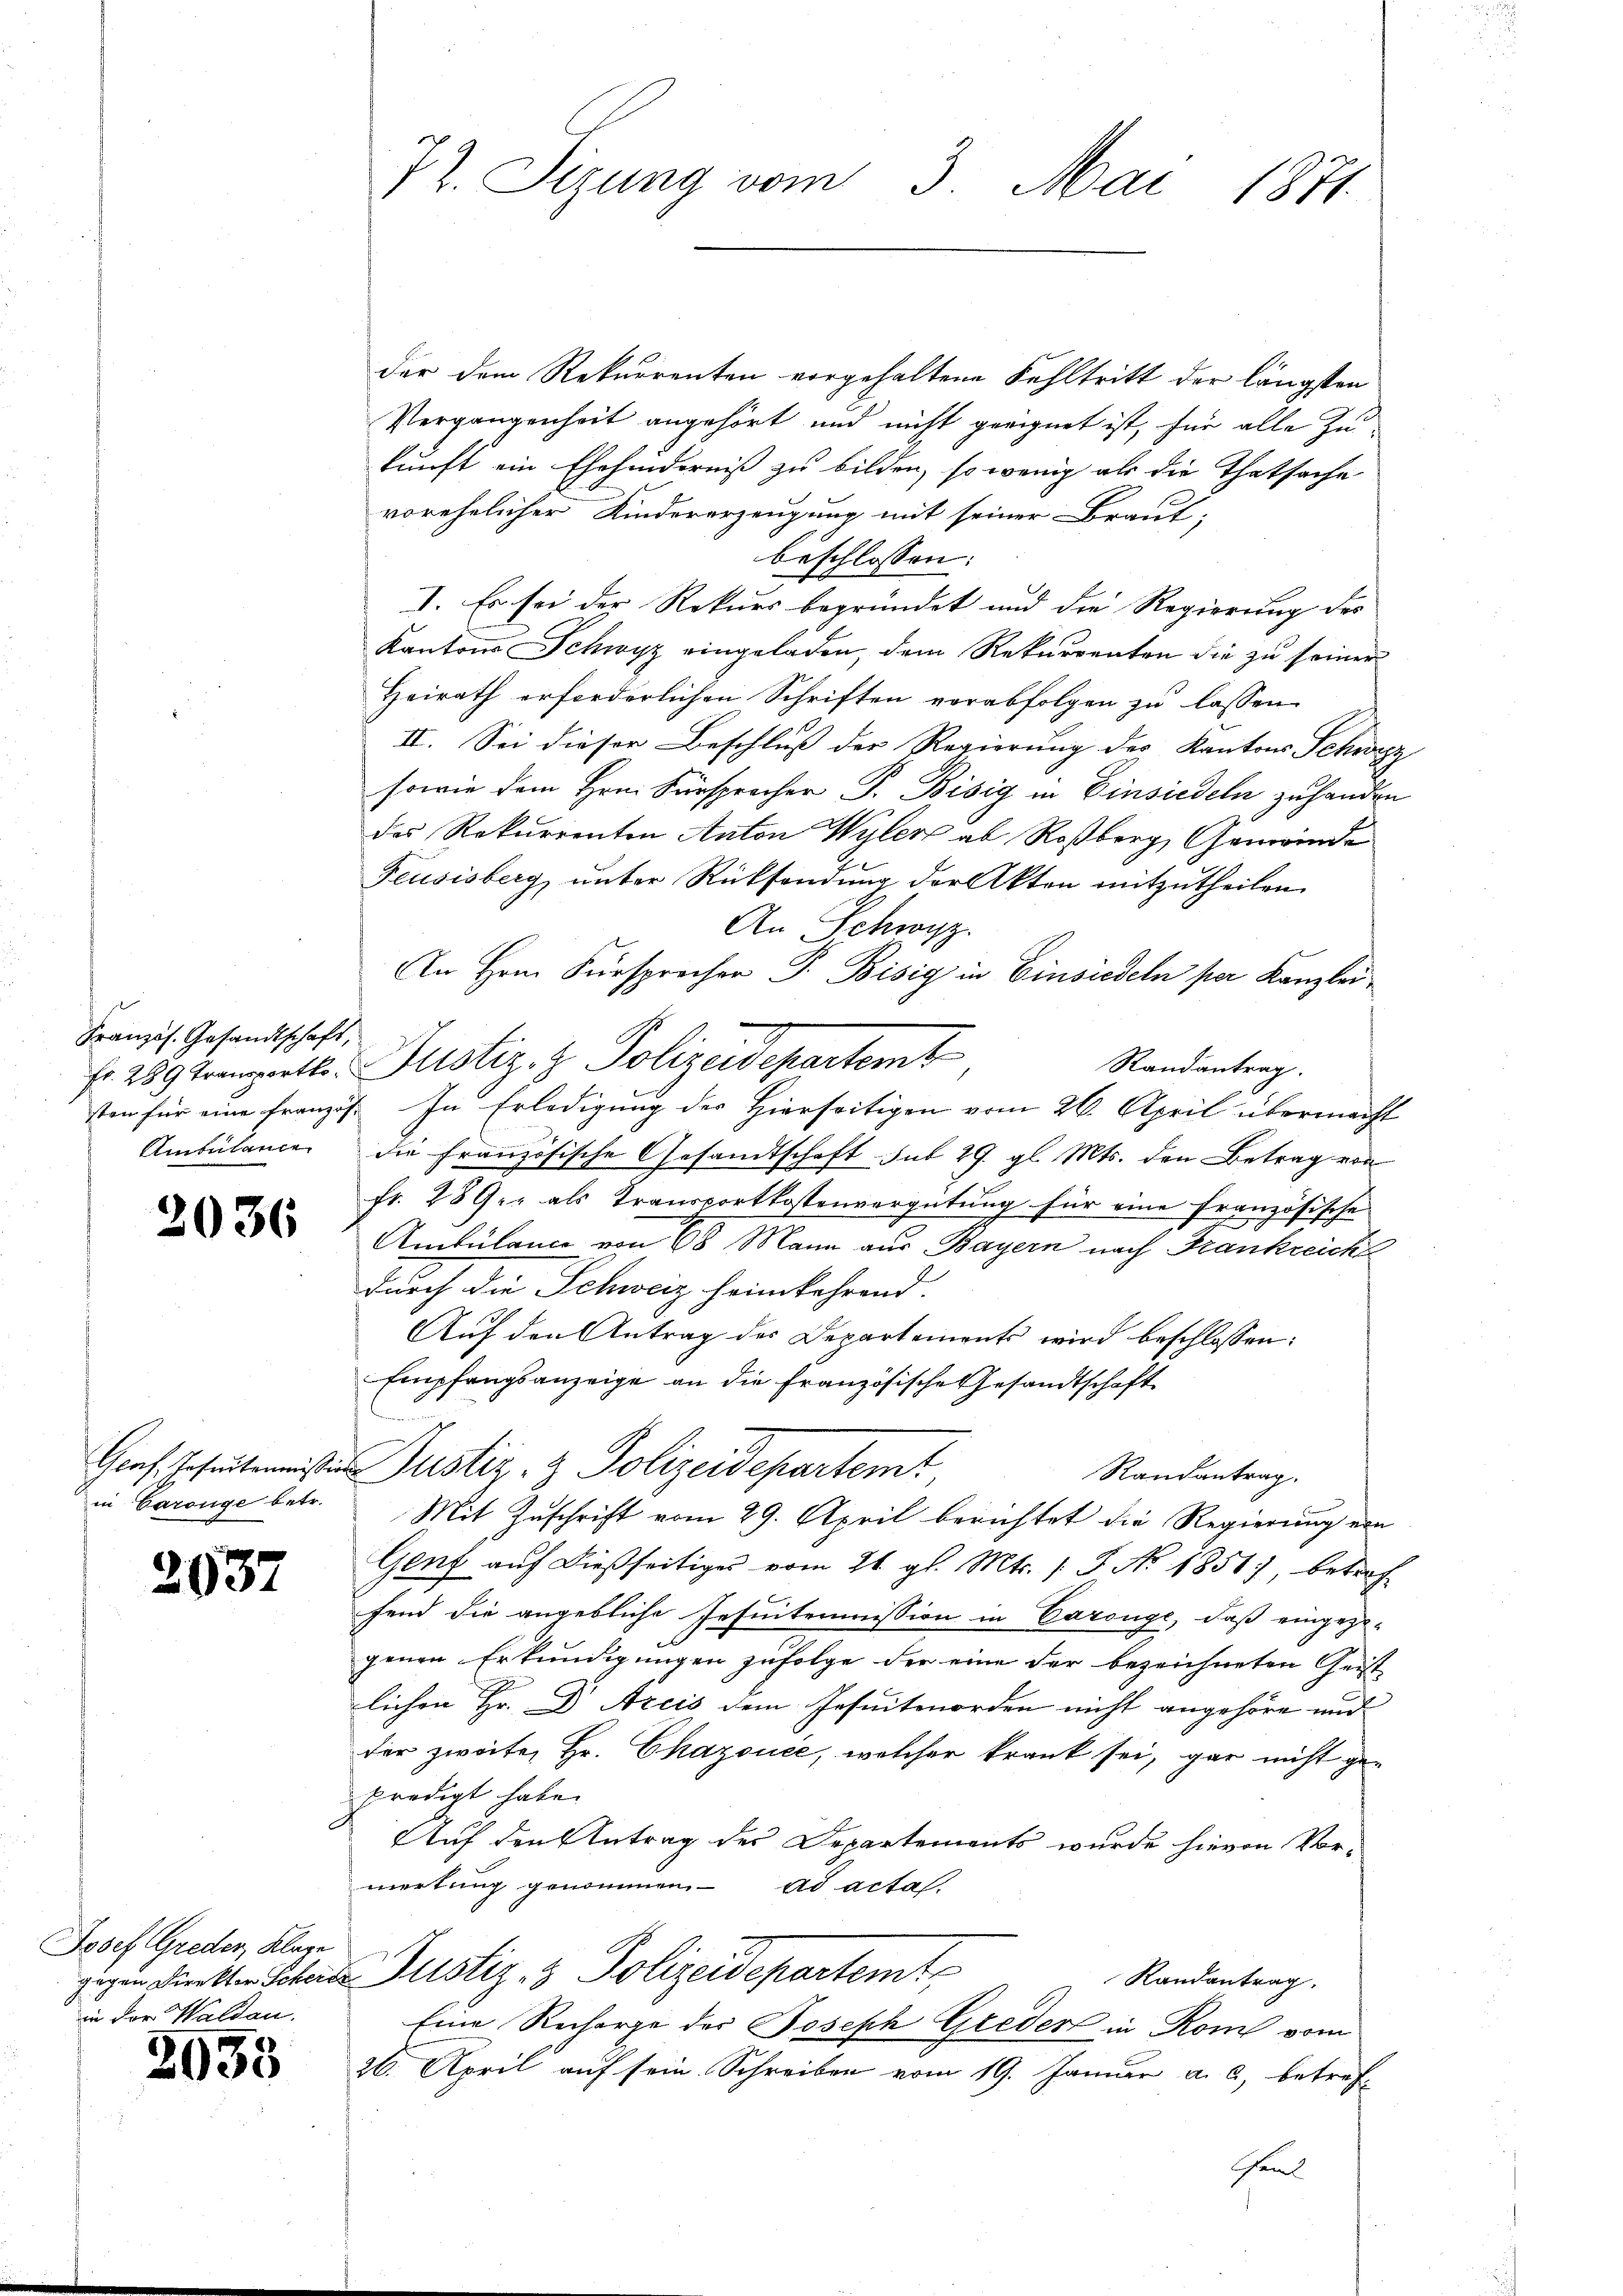
Französ. Gesandtschaft,
Ambulance

2036

in Garange betr.

2037

Josef Greder, Klage
gegen Direktor Schera
in der Waldau.

2033

72. Sizung vom 3. Mai 1871

der dem Rekurrenten vorgehaltene Fehltritt der längsten
Vergangenheit angehört und nicht geeignet ist, für alle Zukunft ein Ehehinderniß zu bilden, so wenig als die Thatsache
vorehelicher Kindererzeugung mit seiner Braut-
beschlossen:
I. Es sei der Rekurs begründet und die Regierung des
Kantons Schwyz eingeladen, dem Rekurrenten die zu seiner
Heirath erforderlichen Schriften vorabfolgen zu lassen
II. Sei dieser Beschluß der Regierung des Kantons Schweiz
sowie dem Hrn. Fürsprocher P. Bisig in Einsiedeln zu handen
des Rekurrenten Anton Wyler ab Roßberg, Gemeinde
Feusisberg unter Rücksendung der Akten mitzutheilen.
An Schwyz.
An Hrn. Fürsprochen P. Bisig in Einsiedeln per Kanzlei
fr. 289 trangerte Justiz- & Polizeidepartemt
Randantrag.
sten für eine Französ. In Erledigung der Hierseitigen vom 26. April übermacht
die Französische Gesandtschaft sub 29. gl. Mts. den Betrag von
fr. 289. als Transportkostenvergütung für eine französische
Ambülance von 68 Mann aus Bayern nach Frankreiche
durch die Schweiz heimkehrend.
Auf den Antrag des Departements wird beschlossen:
Empfangsanzeige an die Französische Gesandtschaft
Genf schulmeisten Justiz- & Polizeidepartemt
Randantrag.
Mit Zuschrift vom 29. April berichtet die Regierung ein
Genf auf dießseitiges vom 21. gl. Mts. (T. No 1851), betref
fend die angebliche Insuitemmission in Carouge, daß eingezo-
genen Erkundigungen zufolge der eine der bezeichneten Geist
lichen Hr. Dr. Arcis dem Jesuitmorden nicht angehöre und
der zweite, Hr. Chazouce, welcher krank sei, gar nicht gepredigt habe.
Auf den Antrag des Departements wurde hievon Vor-
merkung genommen ad acta.
 Justiz- & Polizeidepartemte
Randantrag.
Eine Recharge des Joseph Greden in Rom vom
26. April auf sein Schreiben vom 19. Januar a. c., betref¬
Gen